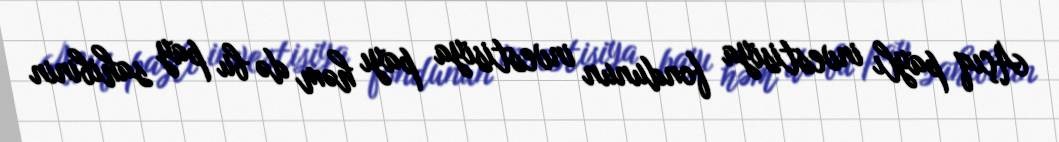
Açıq paylı investisiya fondunun investisiya payı həm də bu pay sahibinin